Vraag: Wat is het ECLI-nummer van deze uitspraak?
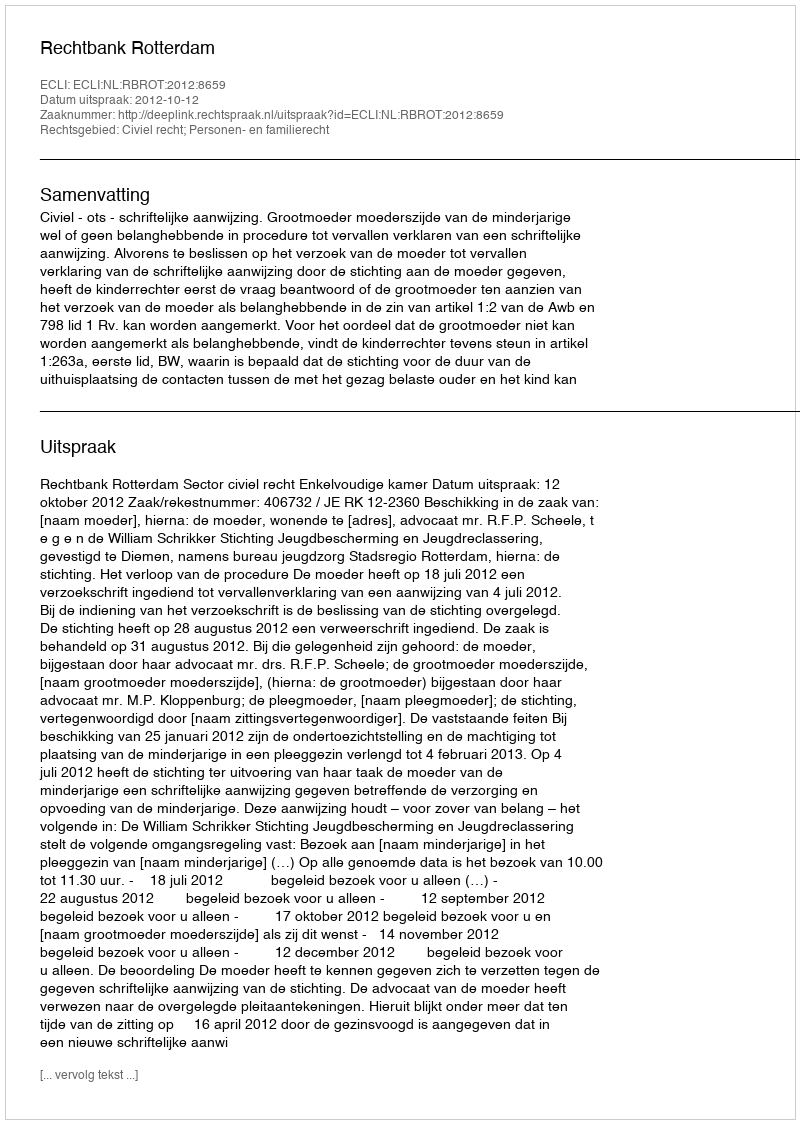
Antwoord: ECLI:NL:RBROT:2012:8659